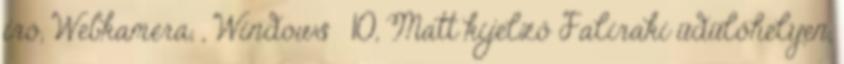
író, Webkamera, , Windows® 10, Matt kijelző Faliraki üdülőhelyen,